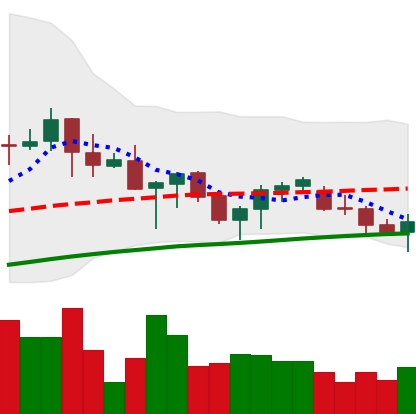
Ticker: ADA-USD
Chart end date: 2021-06-20
Forward return: -12.085%
Label: down_7plus